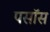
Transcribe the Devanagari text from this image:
पसॉस